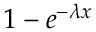
1 - e ^ { - \lambda x }